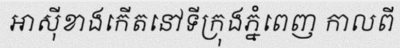
អាស៊ីខាងកើតនៅទីក្រុងភ្នំពេញ កាលពី